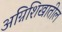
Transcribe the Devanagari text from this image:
अग्निशिखातील